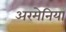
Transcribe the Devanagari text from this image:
अरमेनिया